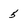
Character: 5